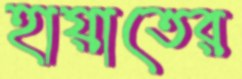
হায়াতের